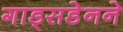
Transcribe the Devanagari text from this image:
गाड्सडेनने